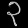
Digit: ၃